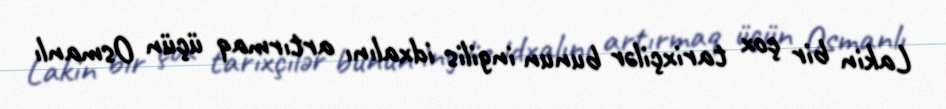
Lakin bir çox tarixçilər bunun ingilis idxalını artırmaq üçün Osmanlı